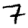
Digit: 7